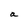
Character: a